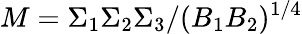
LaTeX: M=\Sigma_{1}\Sigma_{2}\Sigma_{3}/(B_{1}B_{2})^{1/4}